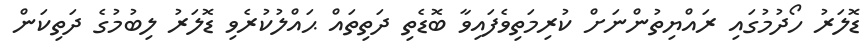
ޑޮލަރު ހޯދުމުގައި ރައްޔިތުންނަށް ކުރިމަތިވެފައިވާ ބޮޑެތި ދަތިތައް ޙައްލުކުރެވި ޑޮލަރު ލިބުމުގެ ދަތިކަން